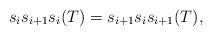
LaTeX: \begin{align*} s_i s_{i+1} s_i(T) = s_{i+1} s_i s_{i+1}(T), \end{align*}